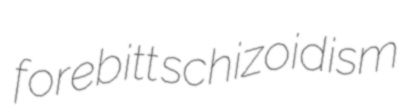
forebitt schizoidism